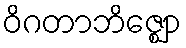
ဝိဂတာဘိဇ္ဈော